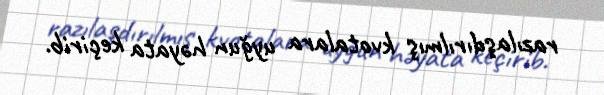
razılaşdırılmış kvotalara uyğun həyata keçirib.